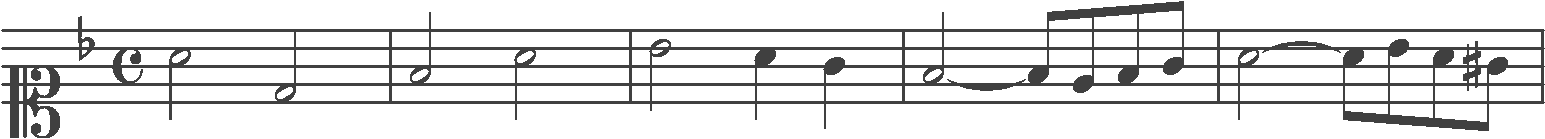
Transcription: clef-C1 keySignature-FM timeSignature-C note-A4_half note-D4_half barline note-F4_half note-A4_half barline note-Bb4_half note-A4_quarter note-G4_quarter barline note-F4_half tie note-F4_eighth note-E4_eighth note-F4_eighth note-G4_eighth barline note-A4_half tie note-A4_eighth note-Bb4_eighth note-A4_eighth note-G#4_eighth barline